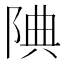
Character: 𨹻